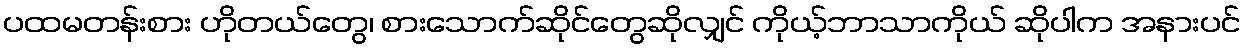
ပထမတန်းစား ဟိုတယ်တွေ၊ စားသောက်ဆိုင်တွေဆိုလျှင် ကိုယ့်ဘာသာကိုယ် ဆိုပါက အနားပင်